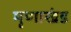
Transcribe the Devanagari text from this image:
मृणाखंड